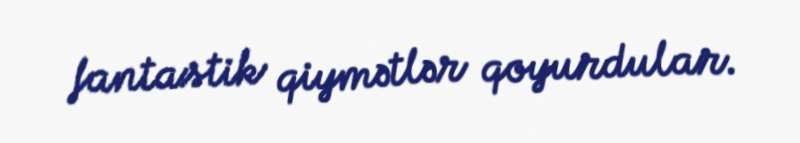
fantastik qiymətlər qoyurdular.